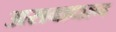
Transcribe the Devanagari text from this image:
असवाधान